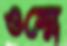
ওম্মে